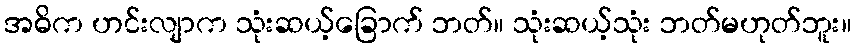
အဓိက ဟင်းလျာက သုံးဆယ့်ခြောက် ဘတ်။ သုံးဆယ့်သုံး ဘတ်မဟုတ်ဘူး။